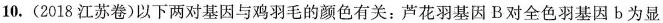
10.(2018江苏卷)以下两对基因与鸡羽毛的颜色有关：芦花羽基因B对全色羽基因b为显